Code of medical and sanitary regulations for the guidance of medical officers serving in the Madras Presidency - Volume II
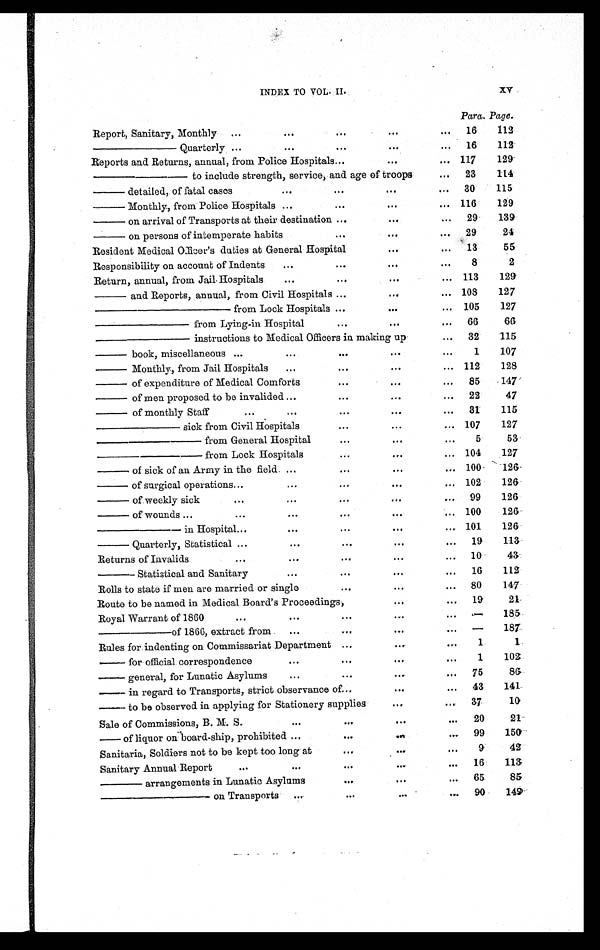
INDEX TO VOL. II.
XV
Para. Page.
Report, Sanitary, Monthly
...
. . .
...
. . .
...
16
112
————
Q uarterly ...
. . .
. . .
. . .
. . .
16
112
Reports and Returns, annual, from Police Hospitals
. . .
. . .
. . .
117
129
— — — — — t o i n c l u d e s t r e n g t h , s e r v i c e , a n d a g e o f t r o o p s
...
23
114
— detailed, of fatal cases
. . .
. . .
...
...
30
115
— Monthly, from Police Hospitals ...
. . .
. . .
. . .
116
129
— on arrival of Transports at their destination ...
. . .
...
29
139
— on persons of intemperate habits
. . .
...
...
29
24
Resident Medical Officer's duties at General Hospital
...
...
13
55
Responsibility on account of Indents
...
. . .
. . .
...
8
2
Return, annual, from Jail Hospitals
...
...
. . .
... 113
129
— and Reports, annual, from Civil Hospitals ...
...
. . .
108
127
——————— from Lock Hospitals ...
...
... 105
127
————— from Lying-in Hospital
. . .
. . .
. . .
66
66
————— instructions to Medical Officers in making up
...
32
115
— book, miscellaneous ...
. . .
. . .
. . .
. . .
1
107
— Monthly, from Jail Hospitals
...
. . .
...
... 112
128
— of expenditure of Medical Comforts . . .
. . .
. . .
...
85
147
— of men proposed to be invalided ...
...
...
...
22
47
— of monthly Staff
...
...
...
. . .
...
31
115
———— sick from Civil Hospitals
...
...
... 107
127
————— from General Hospital
...
. . .
. . .
5
53
— — — — — f r o m L o c k H o s p i t a l s
. . .
...
... 104
127
— of sick of an Army in the field. ...
. . .
. . .
. . .
100
126
— of surgical operations ...
. . .
...
. . .
... 102
126
— of weekly sick
...
...
. . .
. . .
...
99
126
— of wounds ...
...
. . .
. . .
. . .
... 100
126
———— in Hospital ...
. . .
...
...
... 101
126
— Quarterly, Statistical ...
...
. . .
. . .
...
19
113
Returns of Invalids
...
. . .
. . .
. . .
. . .
10
43
——— Statistical and Sanitary
. . .
. . .
...
...
16
112
Rolls to state if men are married or single
. . .
. . .
. . .
80
147
Route to be named in Medical Board's Proceedings,
...
. . .
19
21
Royal Warrant of 1860
...
. . .
. . .
. . .
. . .
—
185
————
of 1866, extract from
...
. . .
...
. . .
—
187
Rules for indenting on Commissariat Department ...
. . .
. . .
1
1
— for official correspondence
. . .
...
...
. . .
1
102
—
general, for Lunatic Asylums
...
. . .
. . .
...
75
86
—
in regard to Transports, strict observance of
. . .
...
. . .
43
141
—
to be observed in applying for Stationery supplies
. . .
. . .
37
10
Sale of Commissions, B. M. S.
. . .
...
...
...
20
21
—
o f l i q u o r
o n
b o a r d - s h i p , p r o h i b i t e d
...
. . .
. . .
...
99
150
Sanitaria, Soldiers not to be kept too long at
. . .
. . .
...
9
42
Sanitary Annual Report
...
. . .
. . .
. . .
...
16
1 1 3
——
arrangements in Lunatic Asylums
...
...
...
65
85
————— on Transports
s . . .
. . .
...
...
90
149